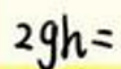
$2gh =$